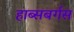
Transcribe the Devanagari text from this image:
हाब्सबर्गस